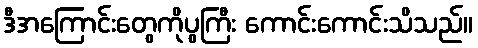
ဒီအကြောင်းတွေကိုပွကြီး ကောင်းကောင်းသိသည်။